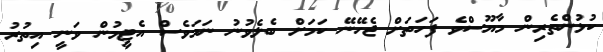
ކުޅުންތެރިން މާޔޫސްވެ ފަހަތަށް ޖެހޭނޭ ކަމަށް ބެލެވުނު ނަމަވެސް އެޓީމުން ވަނީ އިތުރު